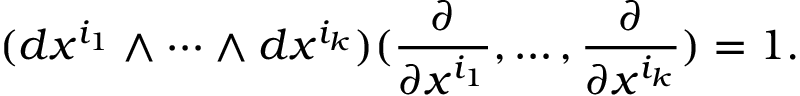
( d x ^ { i _ { 1 } } \wedge \cdots \wedge d x ^ { i _ { k } } ) ( { \frac { \partial } { \partial x ^ { i _ { 1 } } } } , \ldots , { \frac { \partial } { \partial x ^ { i _ { k } } } } ) = 1 .